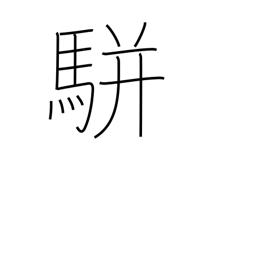
Meaning: two-horse carriage